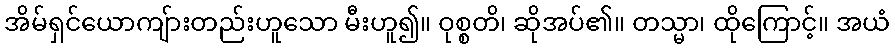
အိမ်ရှင်ယောကျ်ားတည်းဟူသော မီးဟူ၍။ ဝုစ္စတိ၊ ဆိုအပ်၏။ တသ္မာ၊ ထိုကြောင့်။ အယံ